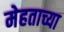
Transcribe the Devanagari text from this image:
मेहताच्या